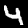
Label: 4